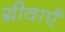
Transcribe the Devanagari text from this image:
ग्रीवाएँ